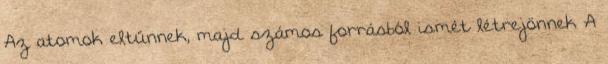
Az atomok eltűnnek, majd számos forrásból ismét létrejönnek A